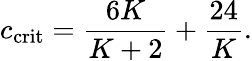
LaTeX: c_{\mathrm{crit}}={\frac{6K}{K+2}}+{\frac{24}{K}}.